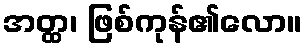
အတ္ထ၊ ဖြစ်ကုန်၏လော။